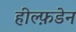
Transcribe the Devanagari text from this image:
हील्फ़डेन